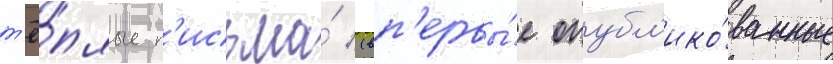
т'ё́плые п'исьма́ (вп'ервы́е опубл'ико́ванные